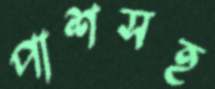
পাশসহ